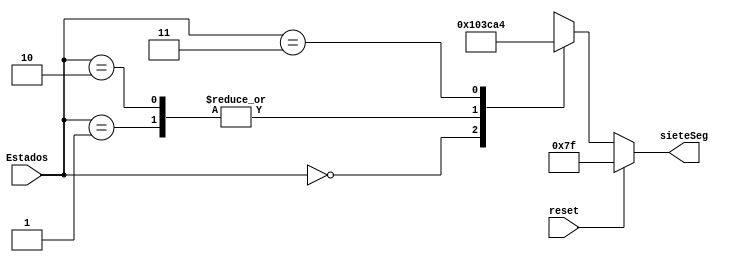
`timescale 1ns / 1ps
//////////////////////////////////////////////////////////////////////////////////
// Company: 
// Engineer: 
// 
// Design Name: 
// Module Name:    Deco_Estados 
// Project Name: 
// Target Devices: 
// Tool versions: 
// Description: 
//
// Dependencies: 
//
// Revision: 
// Revision 0.01 - File Created
// Additional Comments: 
//
//////////////////////////////////////////////////////////////////////////////////
module Deco_Estados(
   input [1:0] Estados,
	input wire reset,
	output reg [6:0] sieteSeg
    );
	 
//localparam En0= 1'b1;

   always @*
	begin
	
      if (reset)
          sieteSeg <= 7'b1111111;
      else
			begin
         case (Estados)
            2'b00  : sieteSeg  <= 7'b1000000;
            2'b01  : sieteSeg  <= 7'b1111001;
            2'b10  : sieteSeg  <= 7'b1111001;
            2'b11  : sieteSeg  <= 7'b0100100;

            default : sieteSeg <=  7'b1111111;
         endcase
			end
		end

endmodule